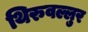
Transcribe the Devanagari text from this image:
थिरुवल्लुर